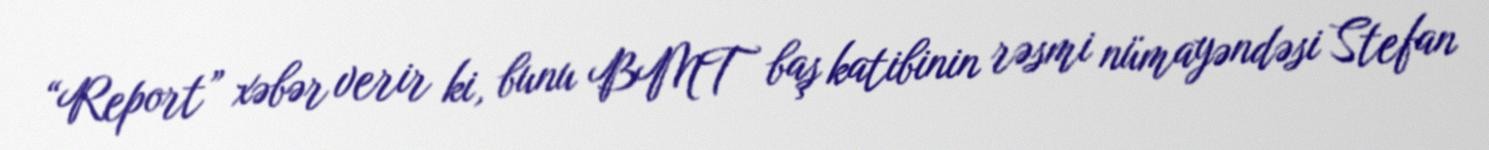
“Report” xəbər verir ki, bunu BMT baş katibinin rəsmi nümayəndəsi Stefan